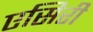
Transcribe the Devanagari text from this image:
एसिरी